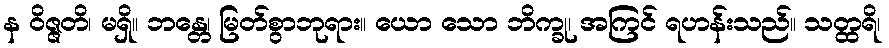
န ဝိဇ္ဇတိ၊ မရှိ။ ဘန္တေ၊ မြတ်စွာဘုရား။ ယော သော ဘိက္ခု၊ အကြင် ရဟန်းသည်။ သတ္ထရိ၊